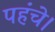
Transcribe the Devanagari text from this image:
पहंचे।